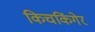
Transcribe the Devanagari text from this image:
किचकिंगेर